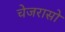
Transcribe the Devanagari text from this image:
चेजरासो